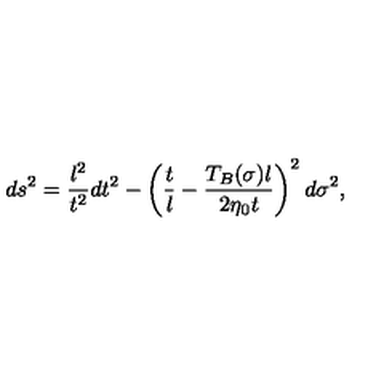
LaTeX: d s ^ { 2 } = \frac { l ^ { 2 } } { t ^ { 2 } } d t ^ { 2 } - \left( \frac t l - \frac { T _ { B } ( \sigma ) l } { 2 \eta _ { 0 } t } \right) ^ { 2 } d \sigma ^ { 2 } ,